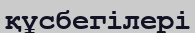
құсбегілері